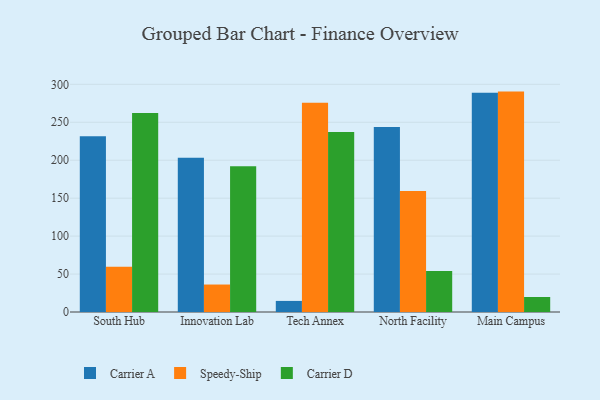
{"axis": {"x": "Campus", "y": "LTV (USD)"}, "legend": ["Carrier A", "Carrier D", "Speedy-Ship"], "data": [{"x": "South Hub", "y": 231.7, "type": "Carrier A"}, {"x": "South Hub", "y": 59.5, "type": "Speedy-Ship"}, {"x": "South Hub", "y": 262.1, "type": "Carrier D"}, {"x": "Innovation Lab", "y": 203.4, "type": "Carrier A"}, {"x": "Innovation Lab", "y": 36.2, "type": "Speedy-Ship"}, {"x": "Innovation Lab", "y": 192.0, "type": "Carrier D"}, {"x": "Tech Annex", "y": 14.6, "type": "Carrier A"}, {"x": "Tech Annex", "y": 275.8, "type": "Speedy-Ship"}, {"x": "Tech Annex", "y": 237.1, "type": "Carrier D"}, {"x": "North Facility", "y": 243.6, "type": "Carrier A"}, {"x": "North Facility", "y": 159.4, "type": "Speedy-Ship"}, {"x": "North Facility", "y": 53.9, "type": "Carrier D"}, {"x": "Main Campus", "y": 288.8, "type": "Carrier A"}, {"x": "Main Campus", "y": 290.4, "type": "Speedy-Ship"}, {"x": "Main Campus", "y": 19.8, "type": "Carrier D"}]}